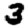
Digit: 3